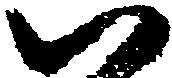
い